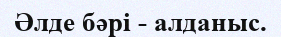
Әлде бәрі - алданыс.